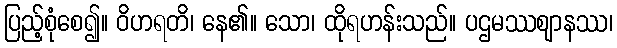
ပြည့်စုံစေ၍။ ဝိဟရတိ၊ နေ၏။ သော၊ ထိုရဟန်းသည်။ ပဌမဿဈာနဿ၊